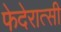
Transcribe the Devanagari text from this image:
फेदेरात्सी